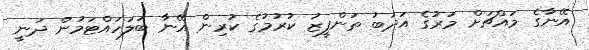
އޭނާގެ މައްޗަށް މަރުގެ އަދަބު ތަންފީޒު ކުރުމުގެ ކުރިން އޭނާ ބަލަހައްޓަމުން ދަނީ